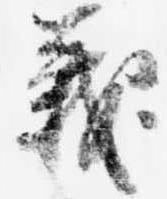
義